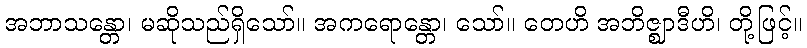
အဘာသန္တော၊ မဆိုသည်ရှိသော်။ အကရောန္တော၊ သော်။ တေဟိ အဘိဇ္ဈာဒီဟိ၊ တို့ဖြင့်။